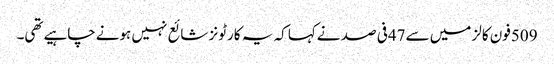
509فون کالز میں سے47فی صد نےکہا کہ یہ کارٹونز شائع نہیں ہونےچاہیےتھی۔